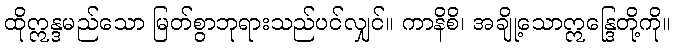
ထိုဣန္ဒမည်သော မြတ်စွာဘုရားသည်ပင်လျှင်။ ကာနိစိ၊ အချို့သောဣန္ဒြေတို့ကို။